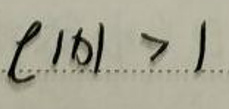
$\vert b \vert > 1$